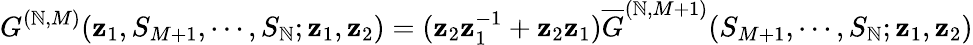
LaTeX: G^{(\mathbb{N},M)}(\mathbf{z}_{1},S_{M+1},\cdots,S_{\mathbb{N}};\mathbf{z}_{1},\mathbf{z}_{2})=(\mathbf{z}_{2}\mathbf{z}_{1}^{-1}+\mathbf{z}_{2}\mathbf{z}_{1}){\overline{{{G}}}}^{(\mathbb{N},M+1)}(S_{M+1},\cdots,S_{\mathbb{N}};\mathbf{z}_{1},\mathbf{z}_{2})